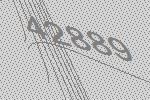
42889